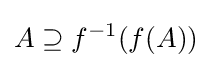
A\supseteq f^{-1}(f(A))